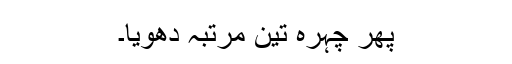
پھر چہرہ تین مرتبہ دھویا۔